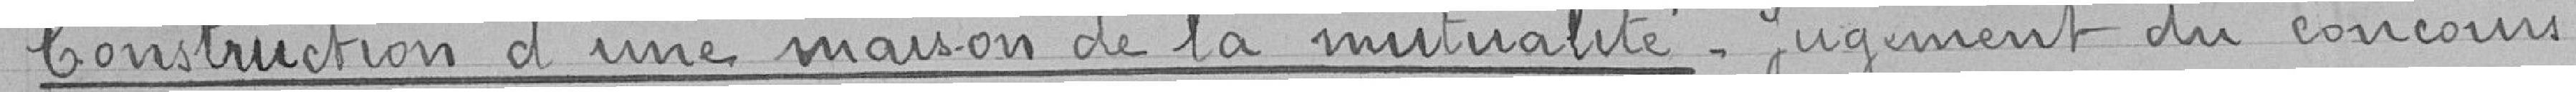
Construction d'une maison de la mutualité - Jugement du concours